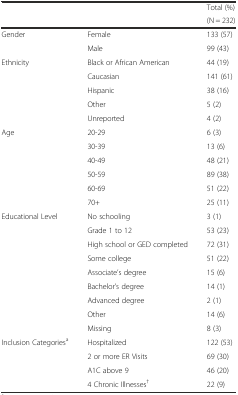
<table><thead><tr><td rowspan="2"></td><td rowspan="2"></td><td><b>Total (%)</b></td></tr><tr><td><b>(N = 232)</b></td></tr></thead><tbody><tr><td rowspan="2">Gender</td><td>Female</td><td>133 (57)</td></tr><tr><td>Male</td><td>99 (43)</td></tr><tr><td rowspan="5">Ethnicity</td><td>Black or African American</td><td>44 (19)</td></tr><tr><td>Caucasian</td><td>141 (61)</td></tr><tr><td>Hispanic</td><td>38 (16)</td></tr><tr><td>Other</td><td>5 (2)</td></tr><tr><td>Unreported</td><td>4 (2)</td></tr><tr><td rowspan="6">Age</td><td>20-29</td><td>6 (3)</td></tr><tr><td>30-39</td><td>13 (6)</td></tr><tr><td>40-49</td><td>48 (21)</td></tr><tr><td>50-59</td><td>89 (38)</td></tr><tr><td>60-69</td><td>51 (22)</td></tr><tr><td>70+</td><td>25 (11)</td></tr><tr><td rowspan="9">Educational Level</td><td>No schooling</td><td>3 (1)</td></tr><tr><td>Grade 1 to 12</td><td>53 (23)</td></tr><tr><td>High school or GED completed</td><td>72 (31)</td></tr><tr><td>Some college</td><td>51 (22)</td></tr><tr><td>Associate’s degree</td><td>15 (6)</td></tr><tr><td>Bachelor’s degree</td><td>14 (1)</td></tr><tr><td>Advanced degree</td><td>2 (1)</td></tr><tr><td>Other</td><td>14 (6)</td></tr><tr><td>Missing</td><td>8 (3)</td></tr><tr><td rowspan="4">Inclusion Categories<sup>a</sup></td><td>Hospitalized</td><td>122 (53)</td></tr><tr><td>2 or more ER Visits</td><td>69 (30)</td></tr><tr><td>A1C above 9</td><td>46 (20)</td></tr><tr><td>4 Chronic Illnesses<sup>†</sup></td><td>22 (9)</td></tr></tbody></table>